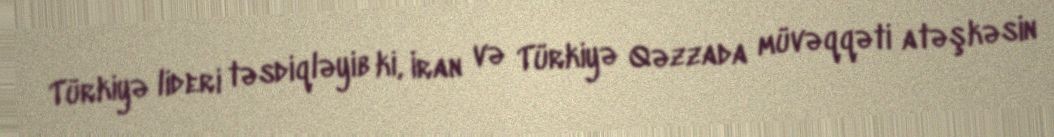
Türkiyə lideri təsdiqləyib ki, İran və Türkiyə Qəzzada müvəqqəti atəşkəsin